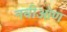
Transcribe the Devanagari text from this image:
नवीओण